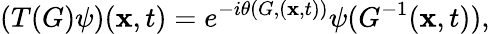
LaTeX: (T(G)\psi)({\mathbf x},t)=e^{-i\theta(G,({\mathbf x},t))}\psi(G^{-1}({\mathbf x},t)),